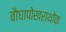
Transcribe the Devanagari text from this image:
बौघापोखराथोक